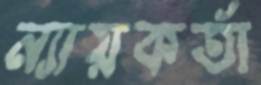
ন্যায়কর্তা